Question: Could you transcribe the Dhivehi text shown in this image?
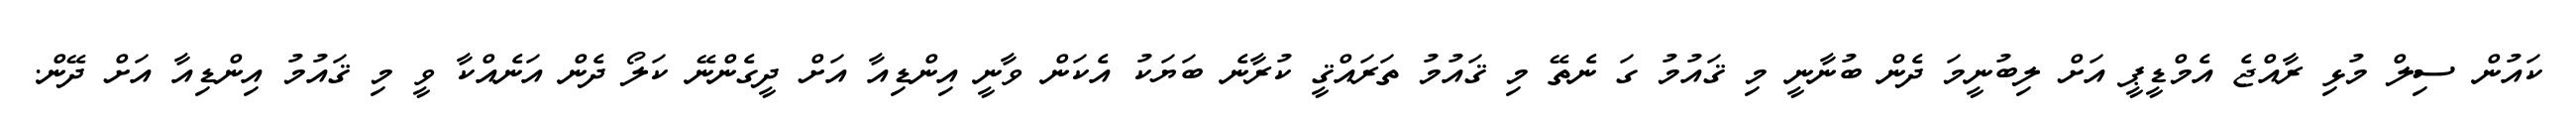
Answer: ކައުން ސިލް މުޅި ރާއްޖެ އެމްޑީޕީ އަށް ލިބުނީމަ ދެން ބުނާނީ މި ޤައުމު ގަ ނެތޭ މި ޤައުމު ތަރައްޤީ ކުރާނެ ބަޔަކު އެކަން ވާނީ އިންޑިއާ އަށް ދީގެންނޭ ކަލޯ ދެން އަނެއްކާ ވީ މި ޤައުމު އިންޑިއާ އަށް ދޭން.